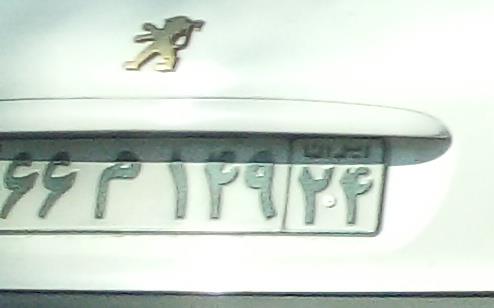
۶۶م۱۴۹۲۴